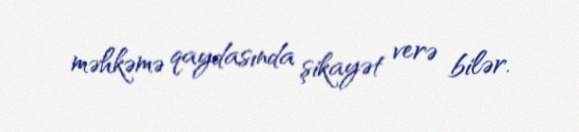
məhkəmə qaydasında şikayət verə bilər.